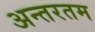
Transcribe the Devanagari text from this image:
अन्तरतम